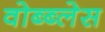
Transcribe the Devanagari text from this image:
वोब्ब्लेस